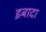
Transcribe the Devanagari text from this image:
इबादा